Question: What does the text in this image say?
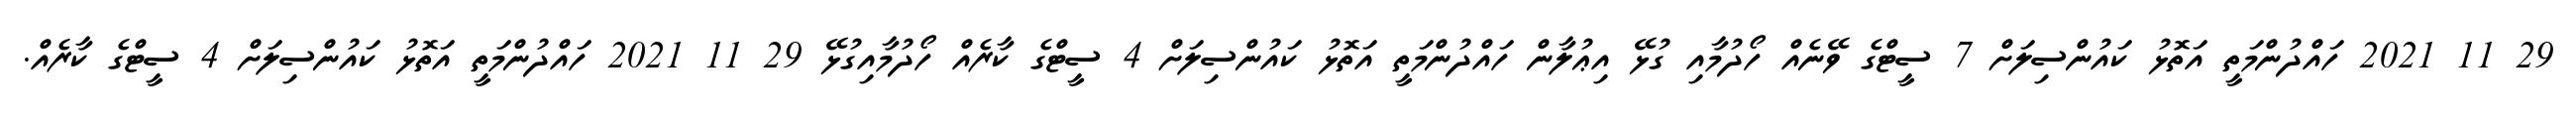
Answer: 29 11 2021 ހައްދުންމަތީ އަތޮޅު ކައުންސިލަށް 7 ސީޓްގެ ވޭނެއް ހޯދުމާއި ގުޅޭ އިޢުލާން ހައްދުންމަތީ އަތޮޅު ކައުންސިލަށް 4 ސީޓްގެ ކާރެއް ހޯދުމާއިގުޅޭ 29 11 2021 ހައްދުންމަތީ އަތޮޅު ކައުންސިލަށް 4 ސީޓްގެ ކާރެއް.